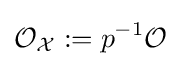
{\mathcal {O}}_{\mathcal {X}}:=p^{-1}{\mathcal {O}}